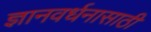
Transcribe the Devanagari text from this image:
ज्ञानवर्धनासाठी